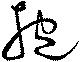
抱